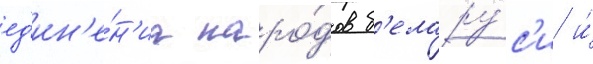
ед'ин'е́н'иа наро́дов б'елару́с'и и́